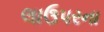
લાઉપરના